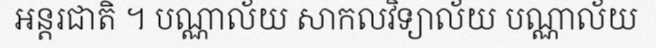
អន្តរជាតិ ។ បណ្ណាល័យ សាកលវិទ្យាល័យ បណ្ណាល័យ